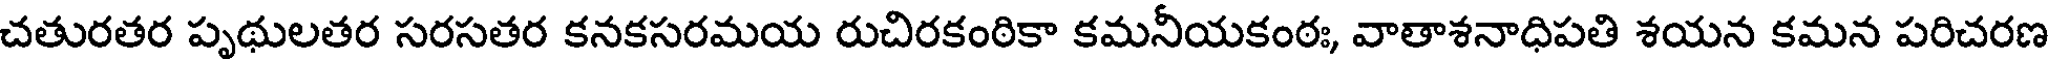
చతురతర పృథులతర సరసతర కనకసరమయ రుచిరకంఠికా కమనీయకంఠః, వాతాశనాధిపతి శయన కమన పరిచరణ